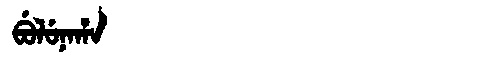
Manchu: ᠪᡠᠯᡠᠨᠠᡥᠠ
Romanization: BULUNAHA